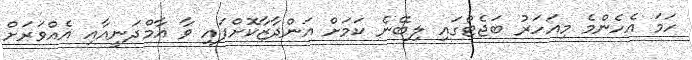
ހަމަ އެހެންމެ މިއަހަރު ބަޖެޓްގައި ލިބޭނެ ކަމަށް އަންދާޒާކޮށްފައި ވާ އާމްދަނީއާއި އެއްވަރަށް